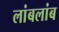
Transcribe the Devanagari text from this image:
लांबलांब